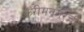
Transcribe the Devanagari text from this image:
करीमनगरची